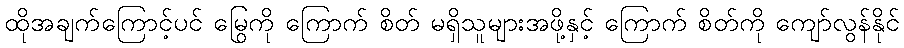
ထိုအချက်ကြောင့်ပင် မြွေကို ကြောက် စိတ် မရှိသူများအဖို့နှင့် ကြောက် စိတ်ကို ကျော်လွန်နိုင်